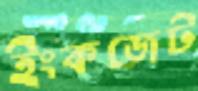
ইংকজেট